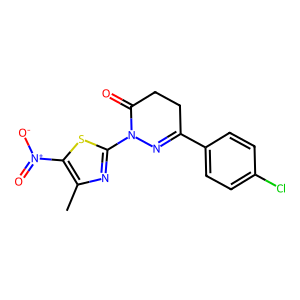
SMILES: Cc1nc(N2N=C(c3ccc(Cl)cc3)CCC2=O)sc1[N+](=O)[O-]
Inhibits HIV replication: No